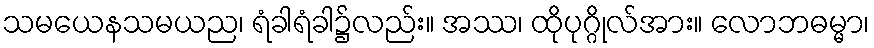
သမယေနသမယည၊ ရံခါရံခါ၌လည်း။ အဿ၊ ထိုပုဂ္ဂိုလ်အား။ လောဘဓမ္မာ၊